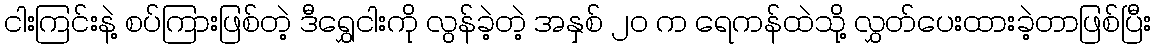
ငါးကြင်းနဲ့ စပ်ကြားဖြစ်တဲ့ ဒီရွှေငါးကို လွန်ခဲ့တဲ့ အနှစ် ၂၀ က ရေကန်ထဲသို့ လွှတ်ပေးထားခဲ့တာဖြစ်ပြီး